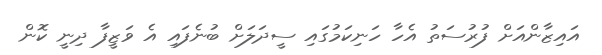
އައިޒާންއަށް ފުރުސަތު އެހާ ހަނިކަމުގައި ސީދަލަށް ބުނެފައި އެ ވަޒީފާ ދިނީ ކޮން